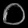
Digit: ၀